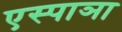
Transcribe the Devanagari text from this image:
एस्पाञा